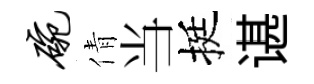
碗倩当挺谌